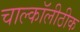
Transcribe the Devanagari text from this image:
चाल्कॉलीठीक